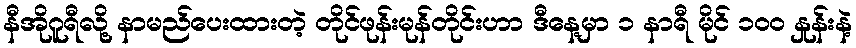
နီအိုဂူရီလို့ နာမည်ပေးထားတဲ့ တိုင်ဖုန်းမုန်တိုင်းဟာ ဒီနေ့မှာ ၁ နာရီ မိုင် ၁၀၀ နှုန်းနဲ့